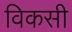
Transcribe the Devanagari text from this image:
विकसी